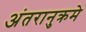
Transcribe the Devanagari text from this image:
अंतरानुक्रमे